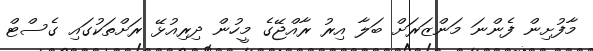
މާފުށިން ފެންނަ މަންޒަރަށް ބަލާ އިރު ރާއްޖޭގެ މީހުން ދިރިއުޅޭ ރަށްތަކުގައި ގެސްޓް